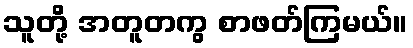
သူတို့ အတူတကွ စာဖတ်ကြမယ်။